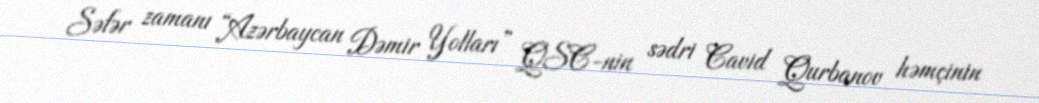
Səfər zamanı “Azərbaycan Dəmir Yolları” QSC-nin sədri Cavid Qurbanov həmçinin